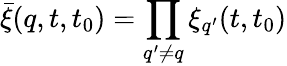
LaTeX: \bar{\xi}(q,t,t_{0})=\prod_{q^{\prime}\neq q}\xi_{q^{\prime}}(t,t_{0})